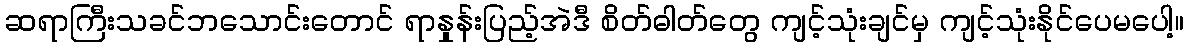
ဆရာကြီးသခင်ဘသောင်းတောင် ရာနှုန်းပြည့်အဲဒီ စိတ်ဓါတ်တွေ ကျင့်သုံးချင်မှ ကျင့်သုံးနိုင်ပေမပေါ့။